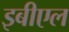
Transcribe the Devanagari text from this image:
इबीएल